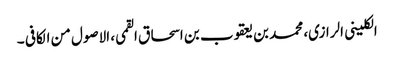
الکلینی الرازی، محمد بن یعقوب بن اسحاق القمی، الاصول من الکافی ۔